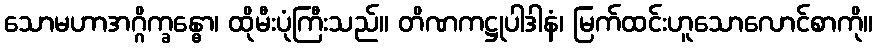
သောမဟာအဂ္ဂိက္ခန္ဓော၊ ထိုမီးပုံကြီးသည်။ တိဏကဋ္ဌုပါဒါနံ၊ မြက်ထင်းဟူသောလောင်စာကို။